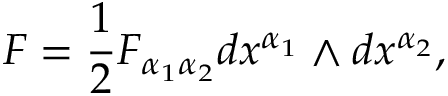
F = \frac { 1 } { 2 } F _ { \alpha _ { 1 } \alpha _ { 2 } } d x ^ { \alpha _ { 1 } } \wedge d x ^ { \alpha _ { 2 } } ,